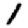
Digit: 1